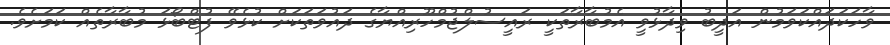
ވާހަކަދައްކަވަމުން އަދީބު ވިދާޅުވީ އެމުބާރާތަކީ ރައީސުލްޖުމްހޫރިއްޔާގެ ދައުވަތަކަށް ކުޅެވޭ ފުޓްބޯޅަ މުބާރާތެއް ކަމަށެވެ.